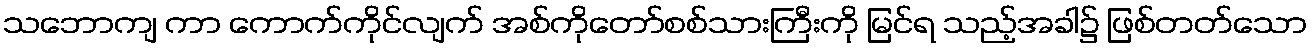
သဘောကျ ကာ ကောက်ကိုင်လျက် အစ်ကိုတော်စစ်သားကြီးကို မြင်ရ သည့်အခါ၌ ဖြစ်တတ်သော